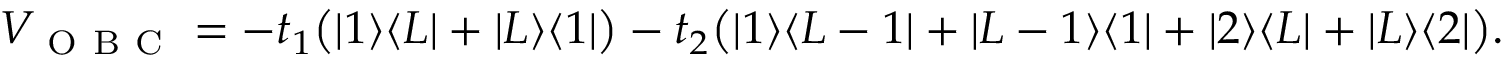
\begin{array} { r } { V _ { \mathrm { ~ O ~ B ~ C ~ } } = - t _ { 1 } \big ( | 1 \rangle \langle L | + | L \rangle \langle 1 | \big ) - t _ { 2 } \big ( | 1 \rangle \langle L - 1 | + | L - 1 \rangle \langle 1 | + | 2 \rangle \langle L | + | L \rangle \langle 2 | \big ) . } \end{array}